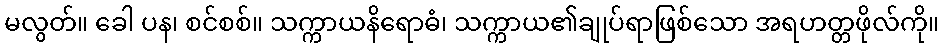
မလွတ်။ ခေါ ပန၊ စင်စစ်။ သက္ကာယနိရောဓံ၊ သက္ကာယ၏ချုပ်ရာဖြစ်သော အရဟတ္တဖိုလ်ကို။